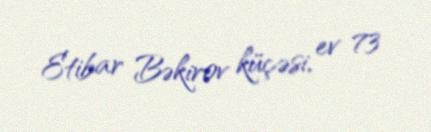
Etibar Bəkirov küçəsi, ev 73